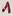
Text: 1